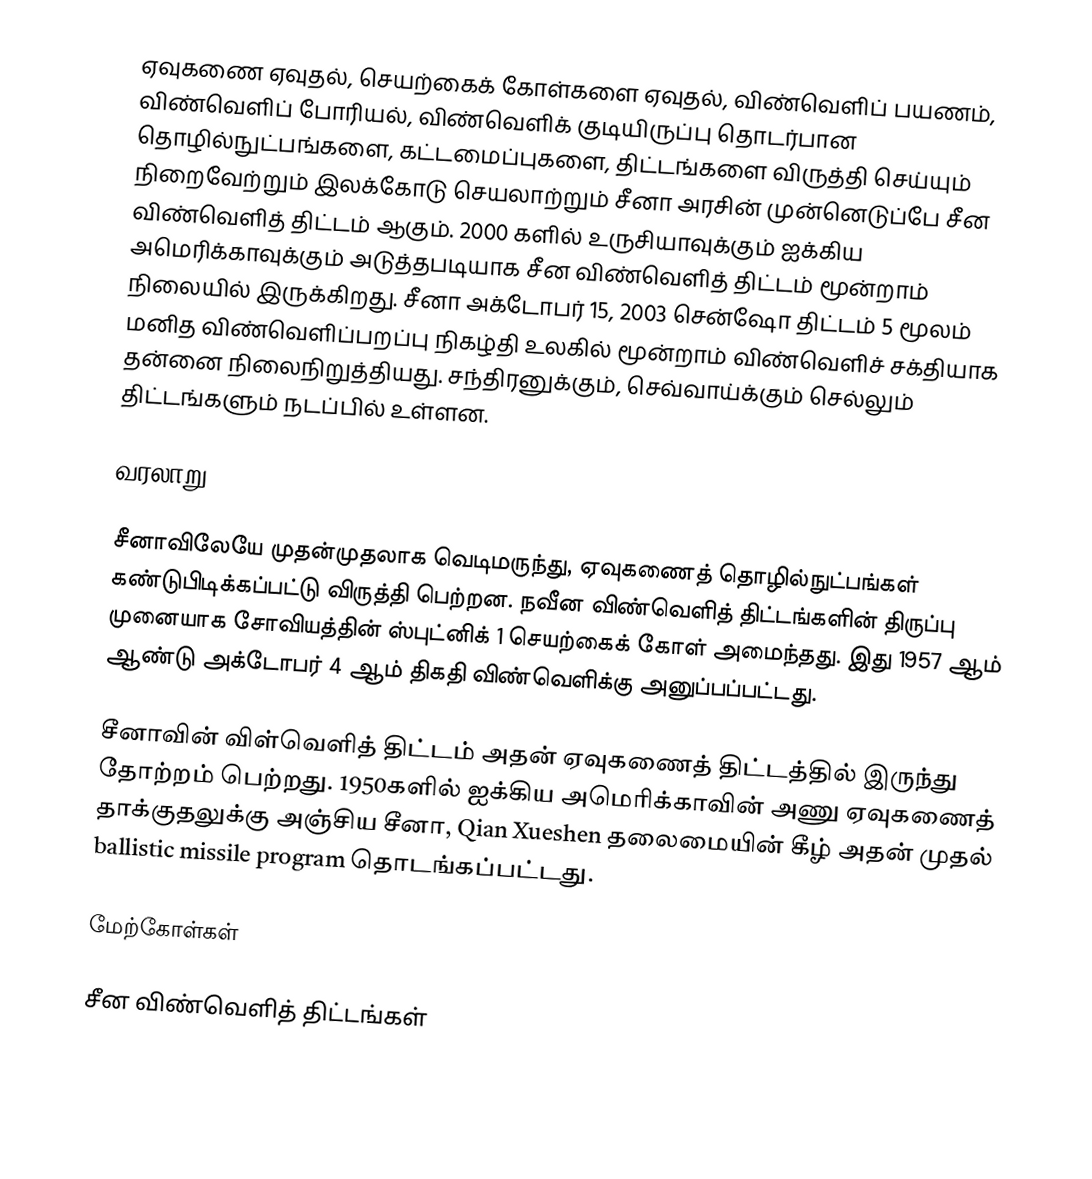
ஏவுகணை ஏவுதல், செயற்கைக் கோள்களை ஏவுதல், விண்வெளிப் பயணம், விண்வெளிப் போரியல், விண்வெளிக் குடியிருப்பு தொடர்பான தொழில்நுட்பங்களை, கட்டமைப்புகளை, திட்டங்களை விருத்தி செய்யும் நிறைவேற்றும் இலக்கோடு செயலாற்றும் சீனா அரசின் முன்னெடுப்பே சீன விண்வெளித் திட்டம் ஆகும்.  2000 களில் உருசியாவுக்கும் ஐக்கிய அமெரிக்காவுக்கும் அடுத்தபடியாக சீன விண்வெளித் திட்டம் மூன்றாம் நிலையில் இருக்கிறது.  சீனா அக்டோபர் 15, 2003 சென்ஷோ திட்டம் 5 மூலம் மனித விண்வெளிப்பறப்பு நிகழ்தி உலகில் மூன்றாம் விண்வெளிச் சக்தியாக தன்னை நிலைநிறுத்தியது.  சந்திரனுக்கும், செவ்வாய்க்கும் செல்லும் திட்டங்களும் நடப்பில் உள்ளன.

வரலாறு

சீனாவிலேயே முதன்முதலாக வெடிமருந்து, ஏவுகணைத் தொழில்நுட்பங்கள் கண்டுபிடிக்கப்பட்டு விருத்தி பெற்றன.  நவீன விண்வெளித் திட்டங்களின் திருப்பு முனையாக சோவியத்தின் ஸ்புட்னிக் 1 செயற்கைக் கோள் அமைந்தது.  இது  1957 ஆம் ஆண்டு அக்டோபர் 4 ஆம் திகதி விண்வெளிக்கு அனுப்பப்பட்டது.

சீனாவின் விள்வெளித் திட்டம் அதன் ஏவுகணைத் திட்டத்தில் இருந்து தோற்றம் பெற்றது.  1950களில் ஐக்கிய அமெரிக்காவின் அணு ஏவுகணைத் தாக்குதலுக்கு அஞ்சிய சீனா, Qian Xueshen தலைமையின் கீழ் அதன் முதல் ballistic missile program தொடங்கப்பட்டது.

மேற்கோள்கள்

சீன விண்வெளித் திட்டங்கள்